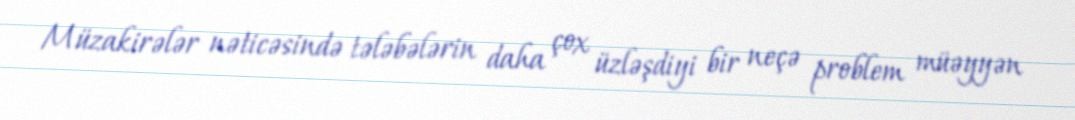
Müzakirələr nəticəsində tələbələrin daha çox üzləşdiyi bir neçə problem müəyyən